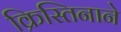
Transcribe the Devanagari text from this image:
क्रिस्तिनाने